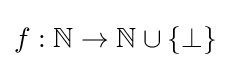
f:\mathbb {N} \rightarrow \mathbb {N} \cup \{\bot \}